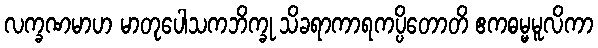
လက္ခဏမာဟ မာတုပေါသကဘိက္ခု သိခရာကာရကပ္ပိတောတိ ဧကဓမ္မမူလိကာ